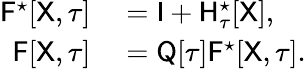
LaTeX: \begin{array}{rl}{\mathsf{F}^{\star}[\mathsf{X},\tau]}&{{}=\mathsf{I}+\mathsf{H}_{\tau}^{\star}[\mathsf{X}],}\\ {\mathsf{F}[\mathsf{X},\tau]}&{{}=\mathsf{Q}[\tau]\mathsf{F}^{\star}[\mathsf{X},\tau].}\end{array}